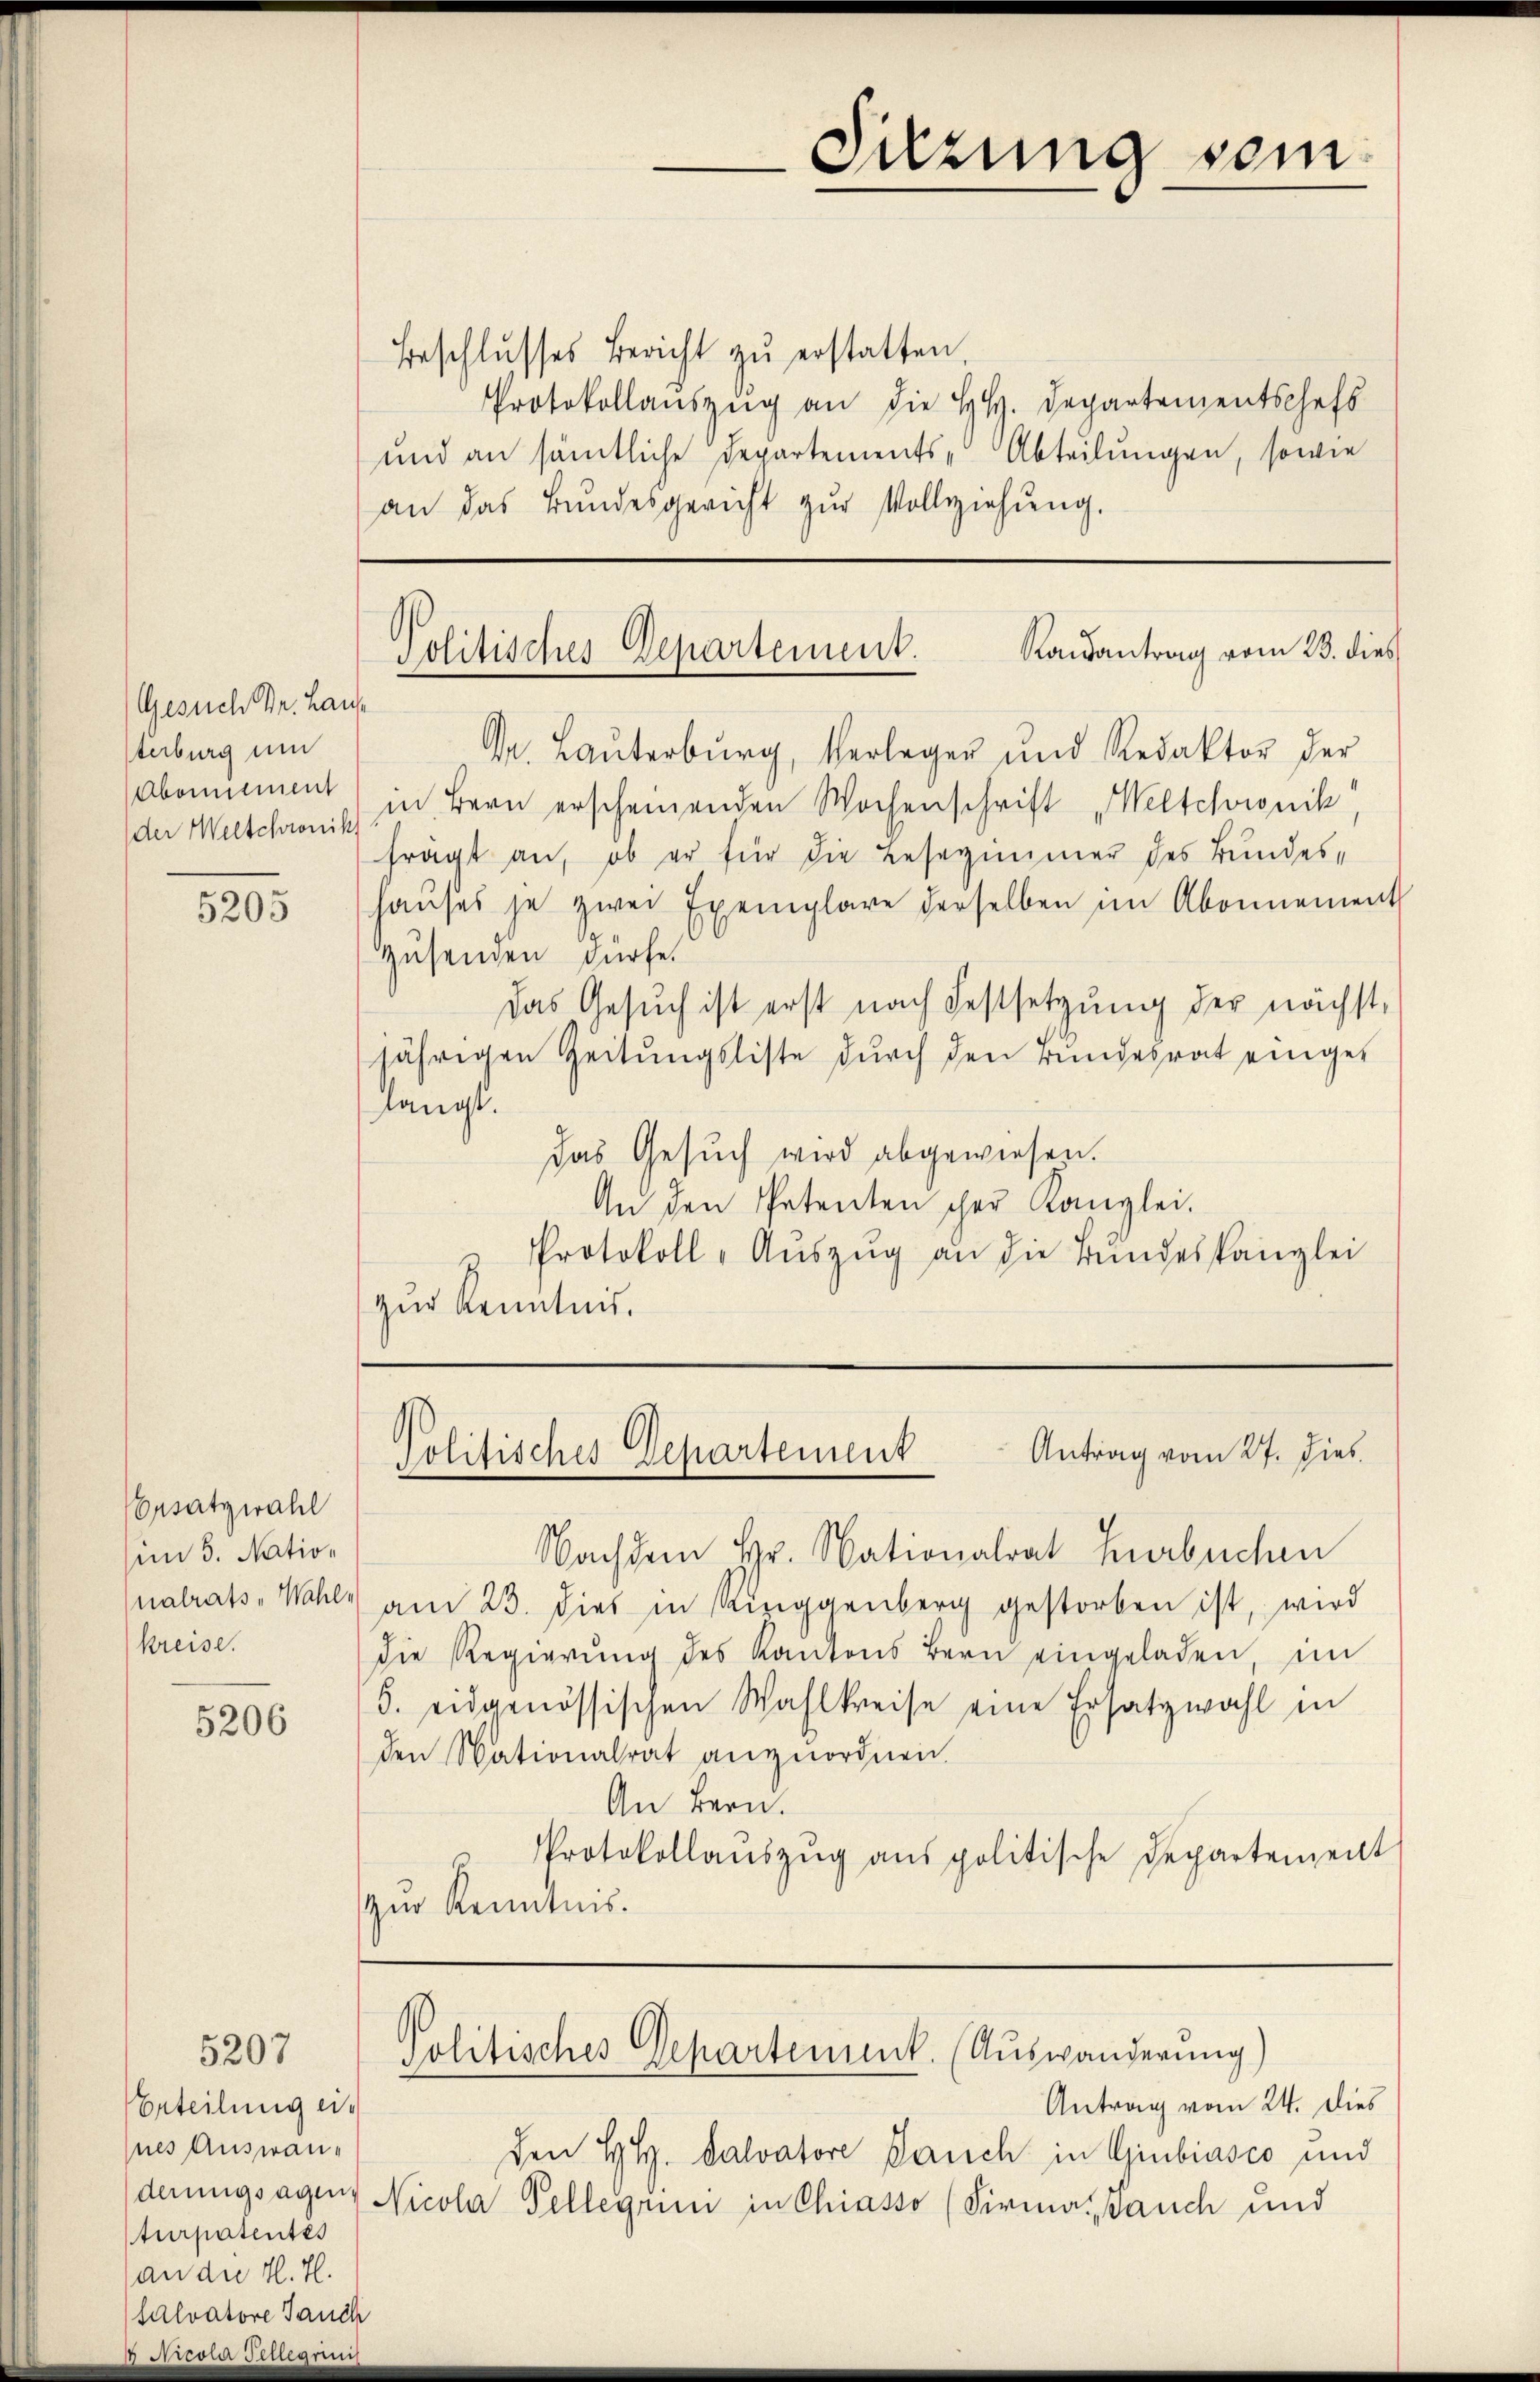
Gesuch Dr. Hause
Sterburg um
Abonnement

5205

Vorsatzwahl
mm 5. Nation
nalrats, Wahlkreise.

5206

5207

Beschlŭsses Bericht zŭ erstatten
Protokollauszug an die HH. Departementschefs
und an sämtliche Departements-Abteilungen, sowie
an das Bundesgericht zŭr Vollziehŭng.

Randantrag vom 23. dies
Politisches Departement.

D. Lauterburg, Verleger und Redaktor der
der Weltchronisch in Bern erscheinenden Wochenschrift "Welschweik
frägt an, ob er für die Besezimmer des Bundeshaŭses je zwei Exemplare derselben im Abonnement
Zusenden dürfe.
Das Gesuch ist erst nach Festsetzung der nächst,
jährigen Zeitungsliste durch den Bundesrat eingelangt.
das Gesuch wird abgewiesen.
An den Petenten scher Kanzlei.
Protokoll-Auszug an die Bundeskanzlei
zur Kenntnis.

Antrag vom 27. Dies
Politisches Departement

Beteilung ein
nes Auswanderungsagen,
turpatentes
an die H. H.
salvatore Jauch
 Nicola Tellerini

Nachdem Hr. Nationalrat Herbuchen
am 23. dies in Ringgenberg gestorben ist, wird
die Regierŭng des Kantons Bern eingeladen im
5. eidgenössischen Wahlkreise eine Ersatzwahl in
den Nationalrat anzuordnen.
An Bern.
Protokollauszug aus politische Departement
zur Kenntnis.

Suzung vom

Politisches Gepartement. (Auswanderung
Antrag vom 24. dies

Den H. Salvatore Dauch in Giubiasco und
Nicola Tellegium in Chiasso (Sirma Jauch und